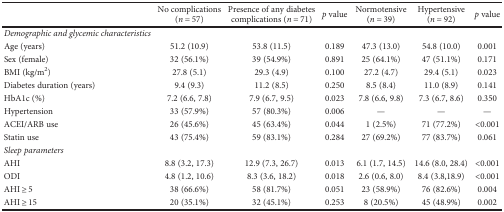
|  | No complications (n = 57) | Presence of any diabetes complications (n = 71) | p value | Normotensive (n = 39) | Hypertensive (n = 92) | p value |
 | --- | --- | --- | --- | --- | --- | --- |
 | Demographic and glycemic characteristics |  |  |  |  |  |  |
 | Age (years) | 51.2 (10.9) | 53.8 (11.5) | 0.189 | 47.3 (13.0) | 54.8 (10.0) | 0.001 |
 | Sex (female) | 32 (56.1%) | 39 (54.9%) | 0.891 | 25 (64.1%) | 47 (51.1%) | 0.171 |
 | BMI (kg/m2) | 27.8 (5.1) | 29.3 (4.9) | 0.100 | 27.2 (4.7) | 29.4 (5.1) | 0.023 |
 | Diabetes duration (years) | 9.4 (9.3) | 11.2 (8.5) | 0.250 | 8.5 (8.4) | 11.0 (8.9) | 0.141 |
 | HbA1c (%) | 7.2 (6.6, 7.8) | 7.9 (6.7, 9.5) | 0.023 | 7.8 (6.6, 9.8) | 7.3 (6.7, 8.6) | 0.350 |
 | Hypertension | 33 (57.9%) | 57 (80.3%) | 0.006 | — | — | — |
 | ACEI/ARB use | 26 (45.6%) | 45 (63.4%) | 0.044 | 1 (2.5%) | 71 (77.2%) | <0.001 |
 | Statin use | 43 (75.4%) | 59 (83.1%) | 0.284 | 27 (69.2%) | 77 (83.7%) | 0.061 |
 | Sleep parameters |  |  |  |  |  |  |
 | AHI | 8.8 (3.2, 17.3) | 12.9 (7.3, 26.7) | 0.013 | 6.1 (1.7, 14.5) | 14.6 (8.0, 28.4) | <0.001 |
 | ODI | 4.8 (1.2, 10.6) | 8.3 (3.6, 18.2) | 0.018 | 2.6 (0.6, 8.0) | 8.4 (3.8,18.9) | <0.001 |
 | AHI ≥ 5 | 38 (66.6%) | 58 (81.7%) | 0.051 | 23 (58.9%) | 76 (82.6%) | 0.004 |
 | AHI ≥ 15 | 20 (35.1%) | 32 (45.1%) | 0.253 | 8 (20.5%) | 45 (48.9%) | 0.002 |